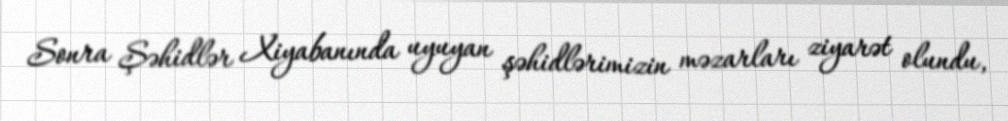
Sonra Şəhidlər Xiyabanında uyuyan şəhidlərimizin məzarları ziyarət olundu,